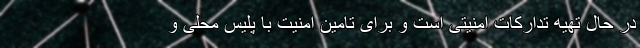
در حال تهیه تدارکات امنیتی است و برای تامین امنیت با پلیس‌ محلی و